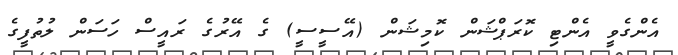
އެންގެވީ އެންޓި ކޮރަޕްޝަން ކޮމިޝަން (އޭސީސީ) ގެ އޭރުގެ ރައީސް ހަސަން ލުތުފީގެ